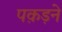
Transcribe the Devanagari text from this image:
पक़ड़ने